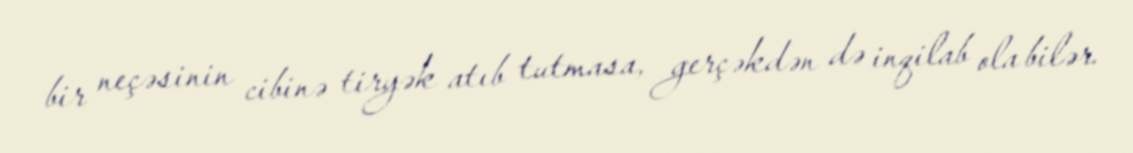
bir neçəsinin cibinə tiryək atıb tutmasa, gerçəkdən də inqilab ola bilər.